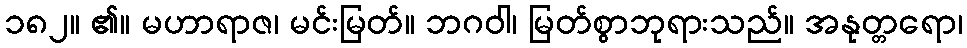
၁၈၂။ ၏။ မဟာရာဇ၊ မင်းမြတ်။ ဘဂဝါ၊ မြတ်စွာဘုရားသည်။ အနုတ္တရော၊